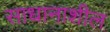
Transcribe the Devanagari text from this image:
साधानाशील